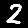
Digit: 2